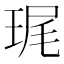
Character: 𮴞